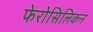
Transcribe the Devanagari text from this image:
फेरोसिलिकन